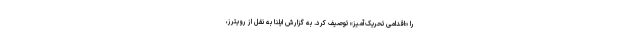
را «اقدامی تحریک‌آمیز» توصیف کرد. به گزارش ایلنا به نقل از رویترز،